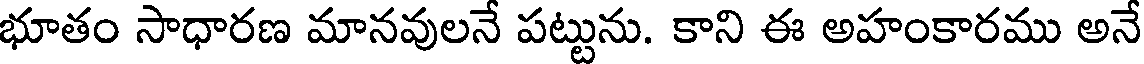
భూతం సాధారణ మానవులనే పట్టును. కాని ఈ అహంకారము అనే